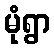
မုံရွာ